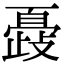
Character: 𣦞